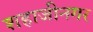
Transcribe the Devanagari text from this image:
शहाजीनगर